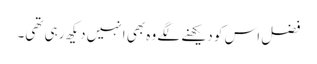
فضل اس کو دیکھنے لگے وہ بھی انہیں دیکھ رہی تھی۔